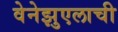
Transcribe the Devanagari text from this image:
वेनेझुएलाची